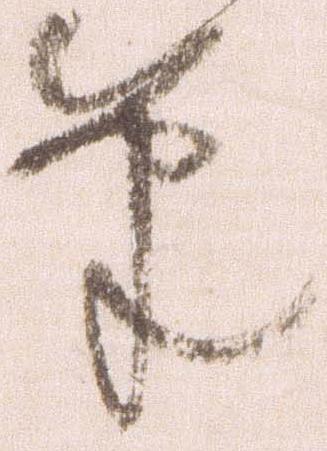
筆